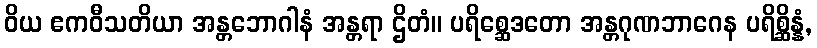
ဝိယ ဧကဝီသတိယာ အန္တဘောဂါနံ အန္တရာ ဌိတံ။ ပရိစ္ဆေဒတော အန္တဂုဏဘာဂေန ပရိစ္ဆိန္နံ,